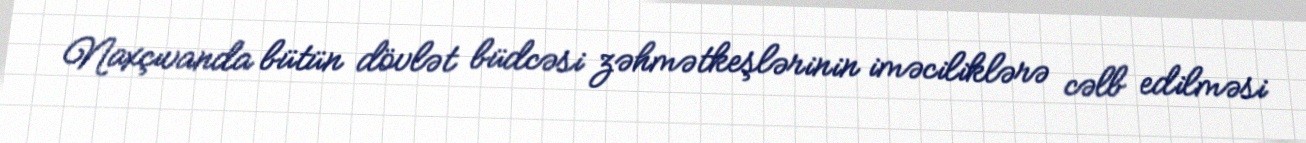
Naxçıvanda bütün dövlət büdcəsi zəhmətkeşlərinin iməciliklərə cəlb edilməsi